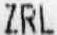
ZRL